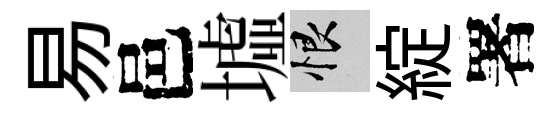
易邑墟恨綻署